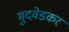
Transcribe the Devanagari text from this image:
मुदवेडकर